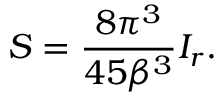
S = \frac { 8 \pi ^ { 3 } } { 4 5 \beta ^ { 3 } } I _ { r } .